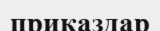
приказдар